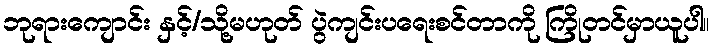
ဘုရားကျောင်း နှင့်/သို့မဟုတ် ပွဲကျင်းပရေးစင်တာကို ကြိုတင်မှာယူပါ။